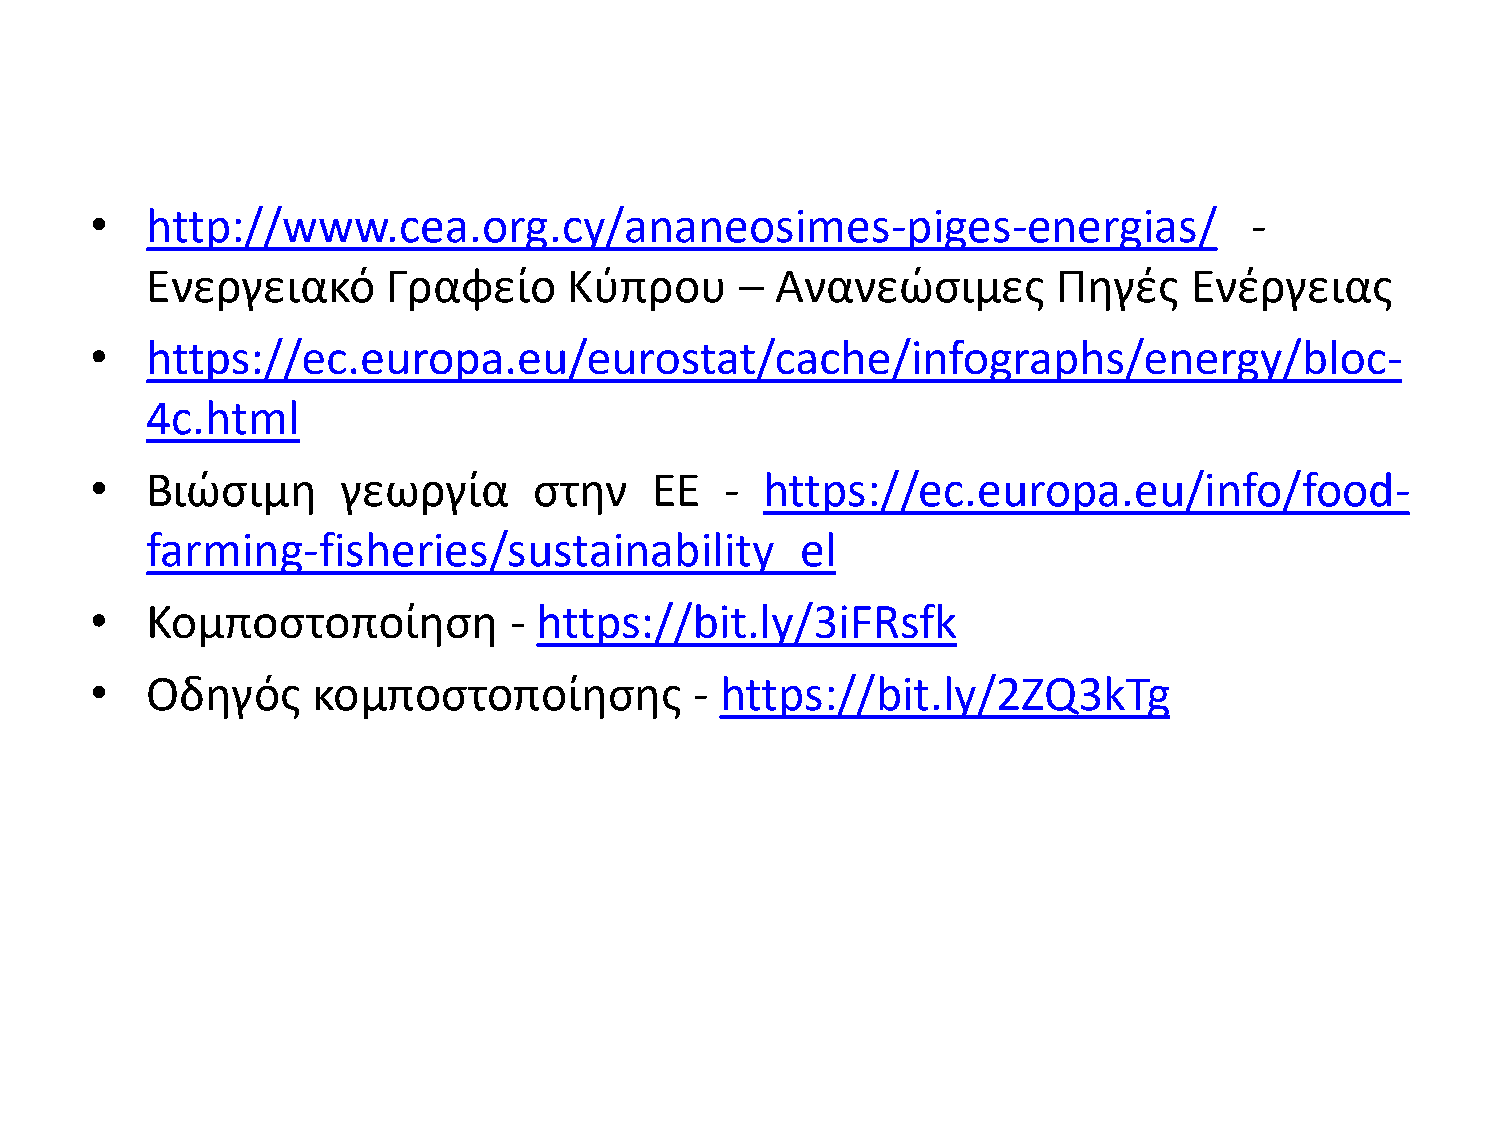
•   http://www.cea.org.cy/ananeosimes-piges-energias/                        -
 Ενεργειακό      Γραφείο     Κφπρου     – Ανανεϊςιμεσ        Πθγζσ    Ενζργειασ
 •   https://ec.europa.eu/eurostat/cache/infographs/energy/bloc-
 4c.html
 •   Βιϊςιμθ      γεωργία     ςτθν    ΕΕ   -  https://ec.europa.eu/info/food-
 farming-fisheries/sustainability_el
 •   Κομποςτοποίθςθ          - https://bit.ly/3iFRsfk
 •   Οδθγόσ     κομποςτοποίθςθσ          - https://bit.ly/2ZQ3kTg